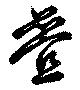
畳